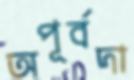
অপূর্বদা